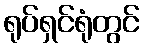
ရုပ်ရှင်ရုံတွင်